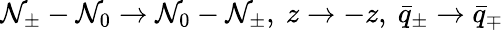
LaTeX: \mathcal{N}_{\pm}-\mathcal{N}_{0}\to\mathcal{N}_{0}-\mathcal{N}_{\pm},\ z\to-z,\ \bar{{q}}_{\pm}\to\bar{{q}}_{\mp}